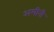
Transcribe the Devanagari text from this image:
अमीनी